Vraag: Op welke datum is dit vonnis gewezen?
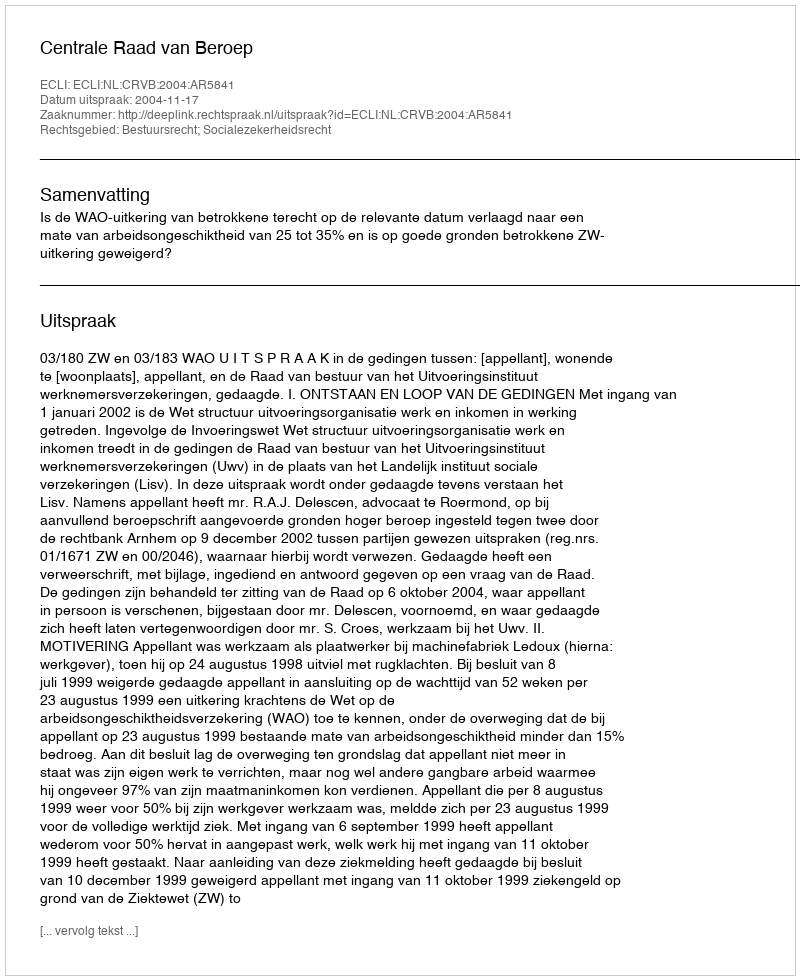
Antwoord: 2004-11-17